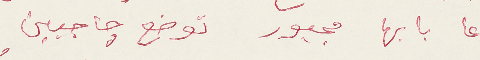
عا بابها مجبور توضع جاجبين